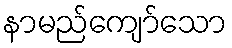
နာမည်ကျော်သော